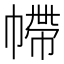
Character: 𢄩